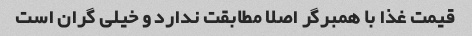
قیمت غذا با همبرگر اصلا مطابقت ندارد و خیلی گران است